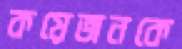
কয়েজনকে